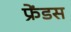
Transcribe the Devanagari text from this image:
फ्रेंडस